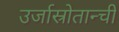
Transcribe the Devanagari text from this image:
उर्जास्रोतान्ची